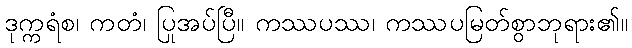
ဒုက္ကရံစ၊ ကတံ၊ ပြုအပ်ပြီ။ ကဿပဿ၊ ကဿပမြတ်စွာဘုရား၏။